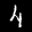
Label: 4